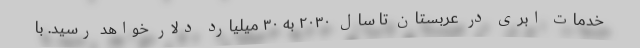
خدمات ابری در عربستان تا سال ۲۰۳۰ به ۳۰ میلیارد دلار خواهد رسید. با